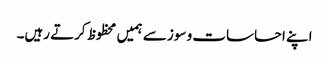
اپنے احساسات و سوز سے ہمیں محظوظ کرتے رہیں۔